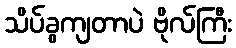
သိပ်ခွကျတာပဲ ဗိုလ်ကြီး